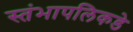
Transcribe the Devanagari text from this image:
स्तंभापलिकडे